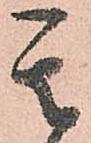
其